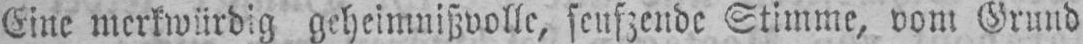
Eine merkwürdig geheimnisvolle, feuszende Stimme, vom Grund